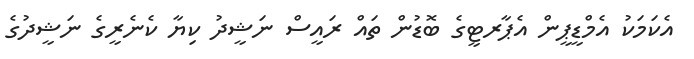
އެކަމަކު އެމްޑީޕީން އެޕާރޓީގެ ބޮޑުން ތައް ރައީސް ނަޝީދު ކިޔާ ކެނެރީގެ ނަޝީދުގެ